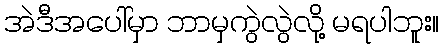
အဲဒီအပေါ်မှာ ဘာမှကွဲလွဲလို့ မရပါဘူး။